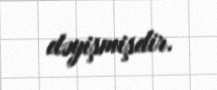
dəyişmişdir.